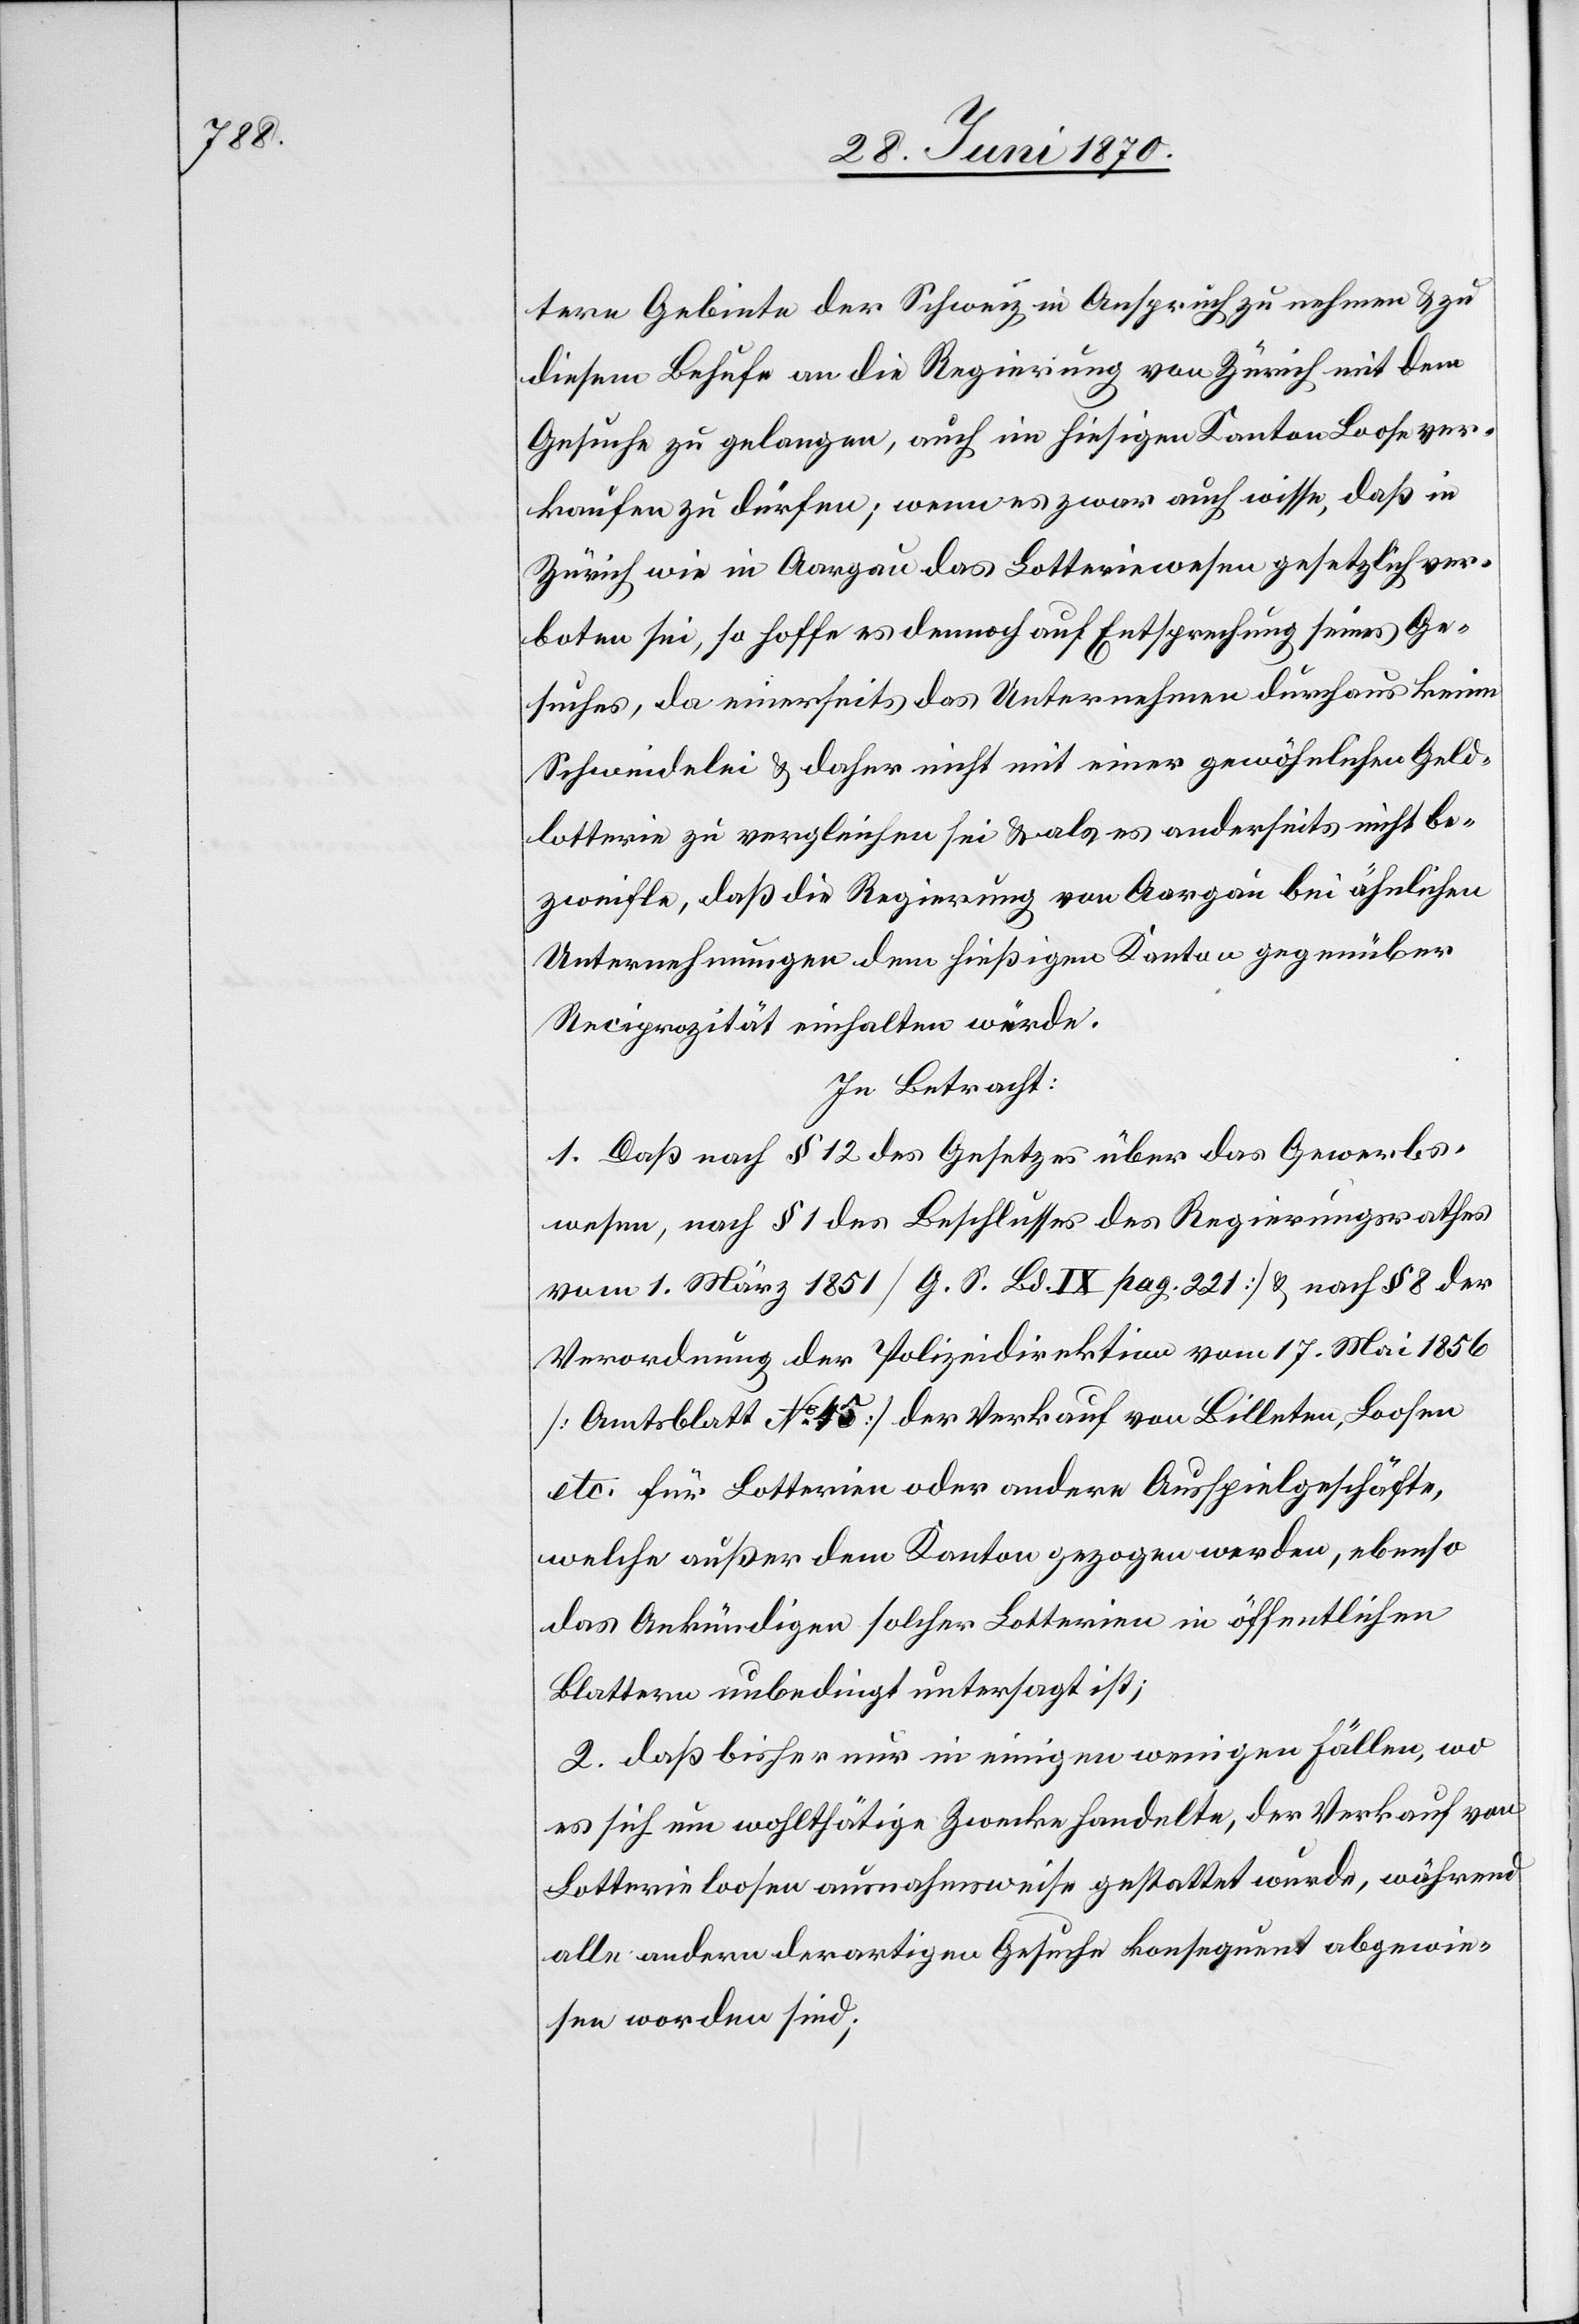
tere Gebiete der Schweiz in Anspruch zu nehmen & zu
diesem Behufe an die Regierung von Zürich mit dem
Gesuche zu gelangen, auch im hiesigen Kanton Loose zu ver¬
kaufen zu dürfen; wenn es zwar auch wisse, daß in
Zürich wie in Aargau das Lotteriewesen gesetzlich ver¬
boten sei, so hoffe es dennoch auf Entsprechung seines Ge¬
suches, da einerseits das Unternehmen durchaus keine
Schwindelei & daher nicht mit einer gewöhnlichen Geld¬
lotterie zu vergleichen sei & als es anderseits nicht be¬
zweifle, daß die Regierung von Aargau bei ähnlichen
Unternehmungen dem hießigen Kanton gegenüber
In Betracht:
1. Daß nach § 12 des Gesetzes über das Gewerbs¬
wesen, nach § 1 des Beschlusses des Regierungsrathes
vom 1. März 1851 [G. S. Bd. IX pag. 221] & nach § 8 der
Verordnung der Polizeidirektion vom 17. Mai 1856
[Amtsblatt No 45] der Verkauf von Billet[t]en, Loosen
etc. für Lotterien oder andere Ausspielgeschäfte,
welche außer dem Kanton gezogen werden, ebenso
das Ankündigen solcher Lotterien in öffentlichen
Blättern] unbedingt untersagt ist;
2. daß bisher nur in einigen wenigen Fällen, wo
es sich um wohlthätige Zwecke handelte, der Verkauf von
Lotterieloosen ausnahmsweise gestattet wurde, während
alle andern derartigen Gesuche konsequent abgewie¬
sen worden sind;